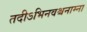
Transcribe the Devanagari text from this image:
तदीऽभिनवश्चनाम्ना